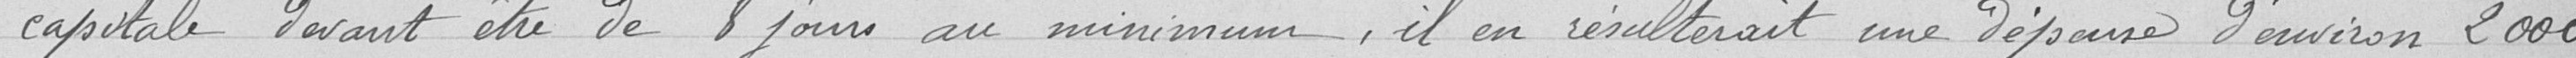
capitale devant être de 8 jours au minimum, il en résulterait une dépense d'environ 2000